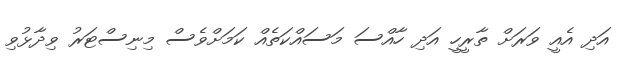
އަދި އެއީ ވަަރަށް ތާރީހީ އަދި ހާއްސަ މަސައްކަތެއް ކަމަށްވެސް މިނިސްޓަރު ވިދާޅުވި